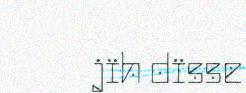
jïh dïsse